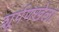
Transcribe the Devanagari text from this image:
शूर्पणखेला